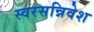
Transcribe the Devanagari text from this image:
स्वरसन्निवेश